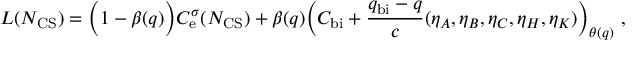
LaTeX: L ( N _ { \mathrm { C S } } ) = \Bigl ( 1 - \beta ( q ) \Bigr ) C _ { \mathrm { e } } ^ { \sigma } ( N _ { \mathrm { C S } } ) + \beta ( q ) \Bigl ( C _ { \mathrm { b i } } + { \frac { q _ { \mathrm { b i } } - q } { c } } ( \eta _ { A } , \eta _ { B } , \eta _ { C } , \eta _ { H } , \eta _ { K } ) \Bigr ) _ { \theta ( q ) } \ ,